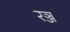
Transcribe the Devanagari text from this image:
रञ्ज